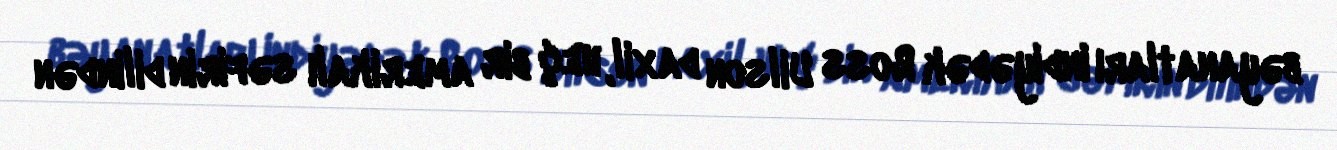
bəyanatları indiyədək Ross Uilson daxil, heç bir amerikalı səfirin dilindən